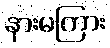
နားမကြား